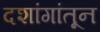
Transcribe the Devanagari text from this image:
दशांगांतून